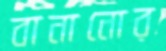
বানানোর